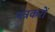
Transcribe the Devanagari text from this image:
पत्रकरों